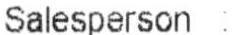
SALESPERSON: